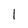
Character: 1